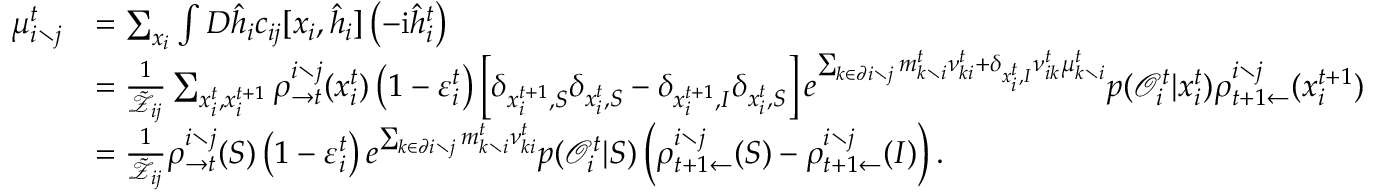
\begin{array} { r l } { \mu _ { i \setminus j } ^ { t } } & { = \sum _ { \boldsymbol { x } _ { i } } \int D \hat { \boldsymbol { h } } _ { i } c _ { i j } [ \boldsymbol { x } _ { i } , \hat { \boldsymbol { h } } _ { i } ] \left( - \mathrm { i } \hat { h } _ { i } ^ { t } \right) } \\ & { = \frac { 1 } { \tilde { \mathcal { Z } } _ { i j } } \sum _ { x _ { i } ^ { t } , x _ { i } ^ { t + 1 } } \rho _ { \rightarrow t } ^ { i \setminus j } ( x _ { i } ^ { t } ) \left( 1 - \varepsilon _ { i } ^ { t } \right) \left[ \delta _ { x _ { i } ^ { t + 1 } , S } \delta _ { x _ { i } ^ { t } , S } - \delta _ { x _ { i } ^ { t + 1 } , I } \delta _ { x _ { i } ^ { t } , S } \right] e ^ { \sum _ { k \in \partial i \setminus j } m _ { k \setminus i } ^ { t } \nu _ { k i } ^ { t } + \delta _ { x _ { i } ^ { t } , I } \nu _ { i k } ^ { t } \mu _ { k \setminus i } ^ { t } } p ( \mathcal { O } _ { i } ^ { t } | x _ { i } ^ { t } ) \rho _ { t + 1 \leftarrow } ^ { i \setminus j } ( x _ { i } ^ { t + 1 } ) } \\ & { = \frac { 1 } { \tilde { \mathcal { Z } } _ { i j } } \rho _ { \rightarrow t } ^ { i \setminus j } ( S ) \left( 1 - \varepsilon _ { i } ^ { t } \right) e ^ { \sum _ { k \in \partial i \setminus j } m _ { k \setminus i } ^ { t } \nu _ { k i } ^ { t } } p ( \mathcal { O } _ { i } ^ { t } | S ) \left( \rho _ { t + 1 \leftarrow } ^ { i \setminus j } ( S ) - \rho _ { t + 1 \leftarrow } ^ { i \setminus j } ( I ) \right) . } \end{array}